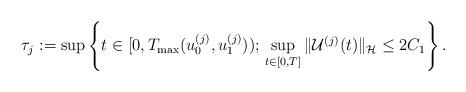
LaTeX: \begin{align*} \tau_j := \sup \left\{ t \in [0,T_{\mathrm{max}}(u_0^{(j)},u_1^{(j)})) ;\, \sup_{t\in [0,T]} \| \mathcal{U}^{(j)}(t) \|_{\mathcal{H}} \le 2 C_1 \right\}.\end{align*}